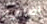
اضافيه